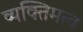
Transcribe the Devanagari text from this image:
व्यक्‍तिमत्व